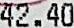
42.40